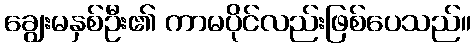
ချွေးမနှစ်ဦး၏ ကာမပိုင်လည်းဖြစ်ပေသည်။